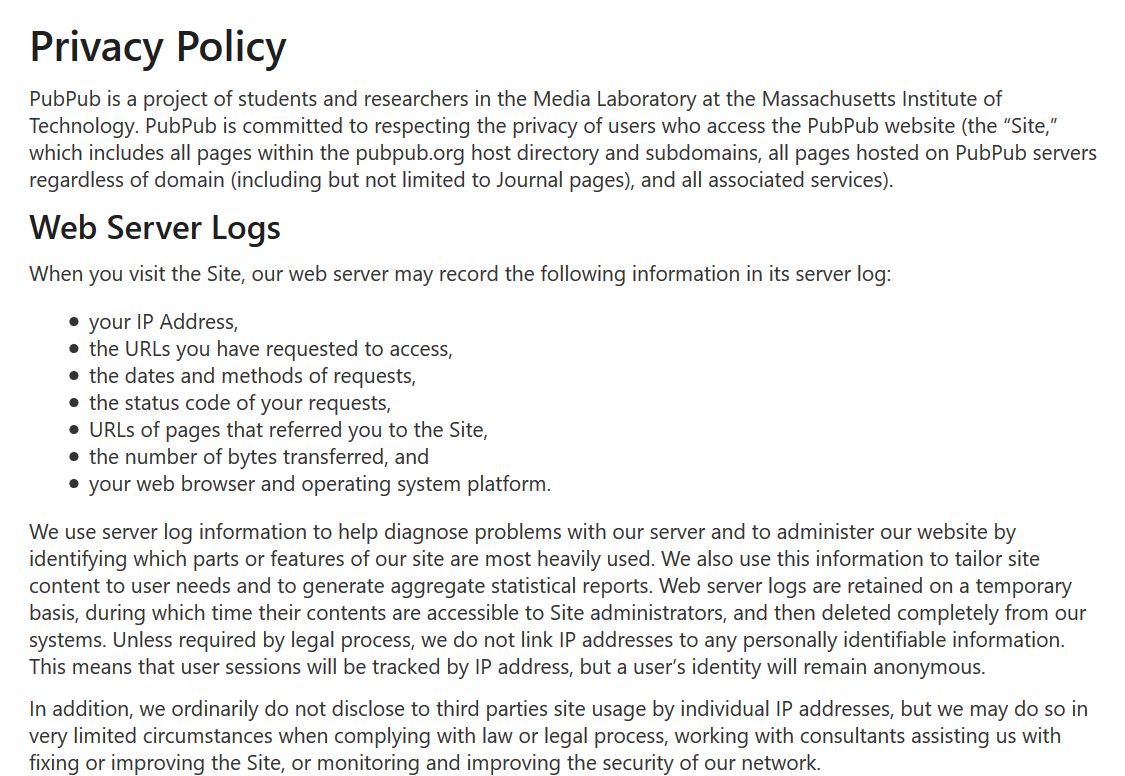
©
     your IP Address,
     © the URLs you have requested to access,
     © the dates and methods of requests,
     © the status code of your requests,
     © URLs of pages that referred you to the Site,
     © the number of bytes transferred, and
     ©
     your web browser and operating system platform.
   We use server log information to help diagnose problems with our server and to administer our website by
   identifying which parts or features of our site are most heavily used. We also use this information to tailor site
   content to user needs and to generate aggregate statistical reports. Web server logs are retained on a temporary
   basis, during which time their contents are accessible to Site administrators, and then deleted completely from our
   systems. Unless required by legal process, we do not link IP addresses to any personally identifiable information.
   This means that user sessions will be tracked by IP address, but a user's identity will remain anonymous.
   In addition, we ordinarily do not disclose to third parties site usage by individual IP addresses, but we may do so in
   very limited circumstances when complying with law or legal process, working with consultants assisting us with
   fixing or improving the Site, or monitoring and improving the security of our network.
    Privacy    Policy
   PubPub is a project of students and researchers in the Media Laboratory at the Massachusetts Institute of
   Technology. PubPub is committed to respecting the privacy of users who access the PubPub website (the “Site,”
   which includes all pages within the pubpub.org host directory and subdomains, all pages hosted on PubPub servers
   regardless of domain (including but not limited to Journal pages), and all associated services).
   Web  Server    Logs
   When you visit the Site, our web server may record the following information in its server log: